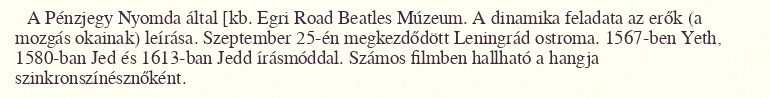
A Pénzjegy Nyomda által [kb. Egri Road Beatles Múzeum. A dinamika feladata az erők (a mozgás okainak) leírása. Szeptember 25-én megkezdődött Leningrád ostroma. 1567-ben Yeth, 1580-ban Jed és 1613-ban Jedd írásmóddal. Számos filmben hallható a hangja szinkronszínésznőként.